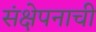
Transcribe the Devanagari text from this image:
संक्षेपनाची